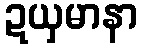
ဍယှမာနာ